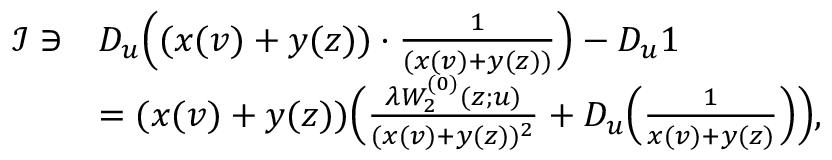
\begin{array} { r l } { \mathcal { I } \ni } & { D _ { u } \Big ( ( x ( v ) + y ( z ) ) \cdot \frac { 1 } { ( x ( v ) + y ( z ) ) } \Big ) - D _ { u } 1 } \\ & { = ( x ( v ) + y ( z ) ) \Big ( \frac { \lambda W _ { 2 } ^ { ( 0 ) } ( z ; u ) } { ( x ( v ) + y ( z ) ) ^ { 2 } } + D _ { u } \Big ( \frac { 1 } { x ( v ) + y ( z ) } \Big ) \Big ) , } \end{array}